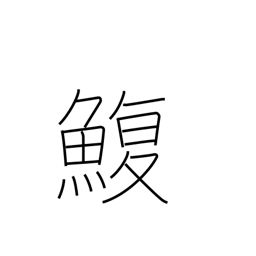
Meaning: puffer fish